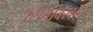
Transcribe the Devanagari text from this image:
सितांवसल